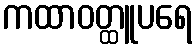
ကထာဝတ္ထူပရေ